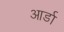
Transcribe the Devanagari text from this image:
आर्डा